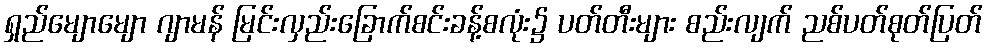
ရှည်မျောမျော ဂျာမန် မြင်းလှည်းခြောက်စင်းခန့်စလုံး၌ ပတ်တီးများ စည်းလျက် ညစ်ပတ်စုတ်ပြတ်